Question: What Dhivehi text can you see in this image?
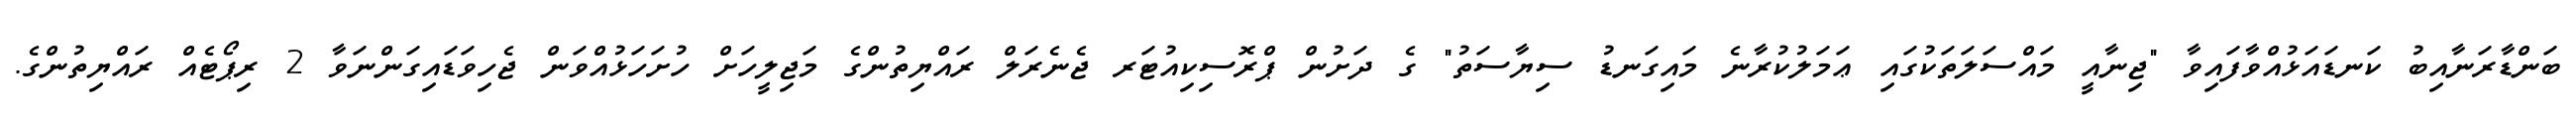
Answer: ބަންޑާރަނާއިބު ކަނޑައަޅުއްވާފައިވާ "ޖިނާއީ މައްސަލަތަކުގައި ޢަމަލުކުރާނެ މައިގަނޑު ސިޔާސަތު" ގެ ދަށުން ޕްރޮސިކިއުޓަރ ޖެނެރަލް ރައްޔިތުންގެ މަޖިލީހަށް ހުށަހަޅުއްވަން ޖެހިވަޑައިގަންނަވާ 2 ރިޕޯޓެއް ރައްޔިތުންގެ.